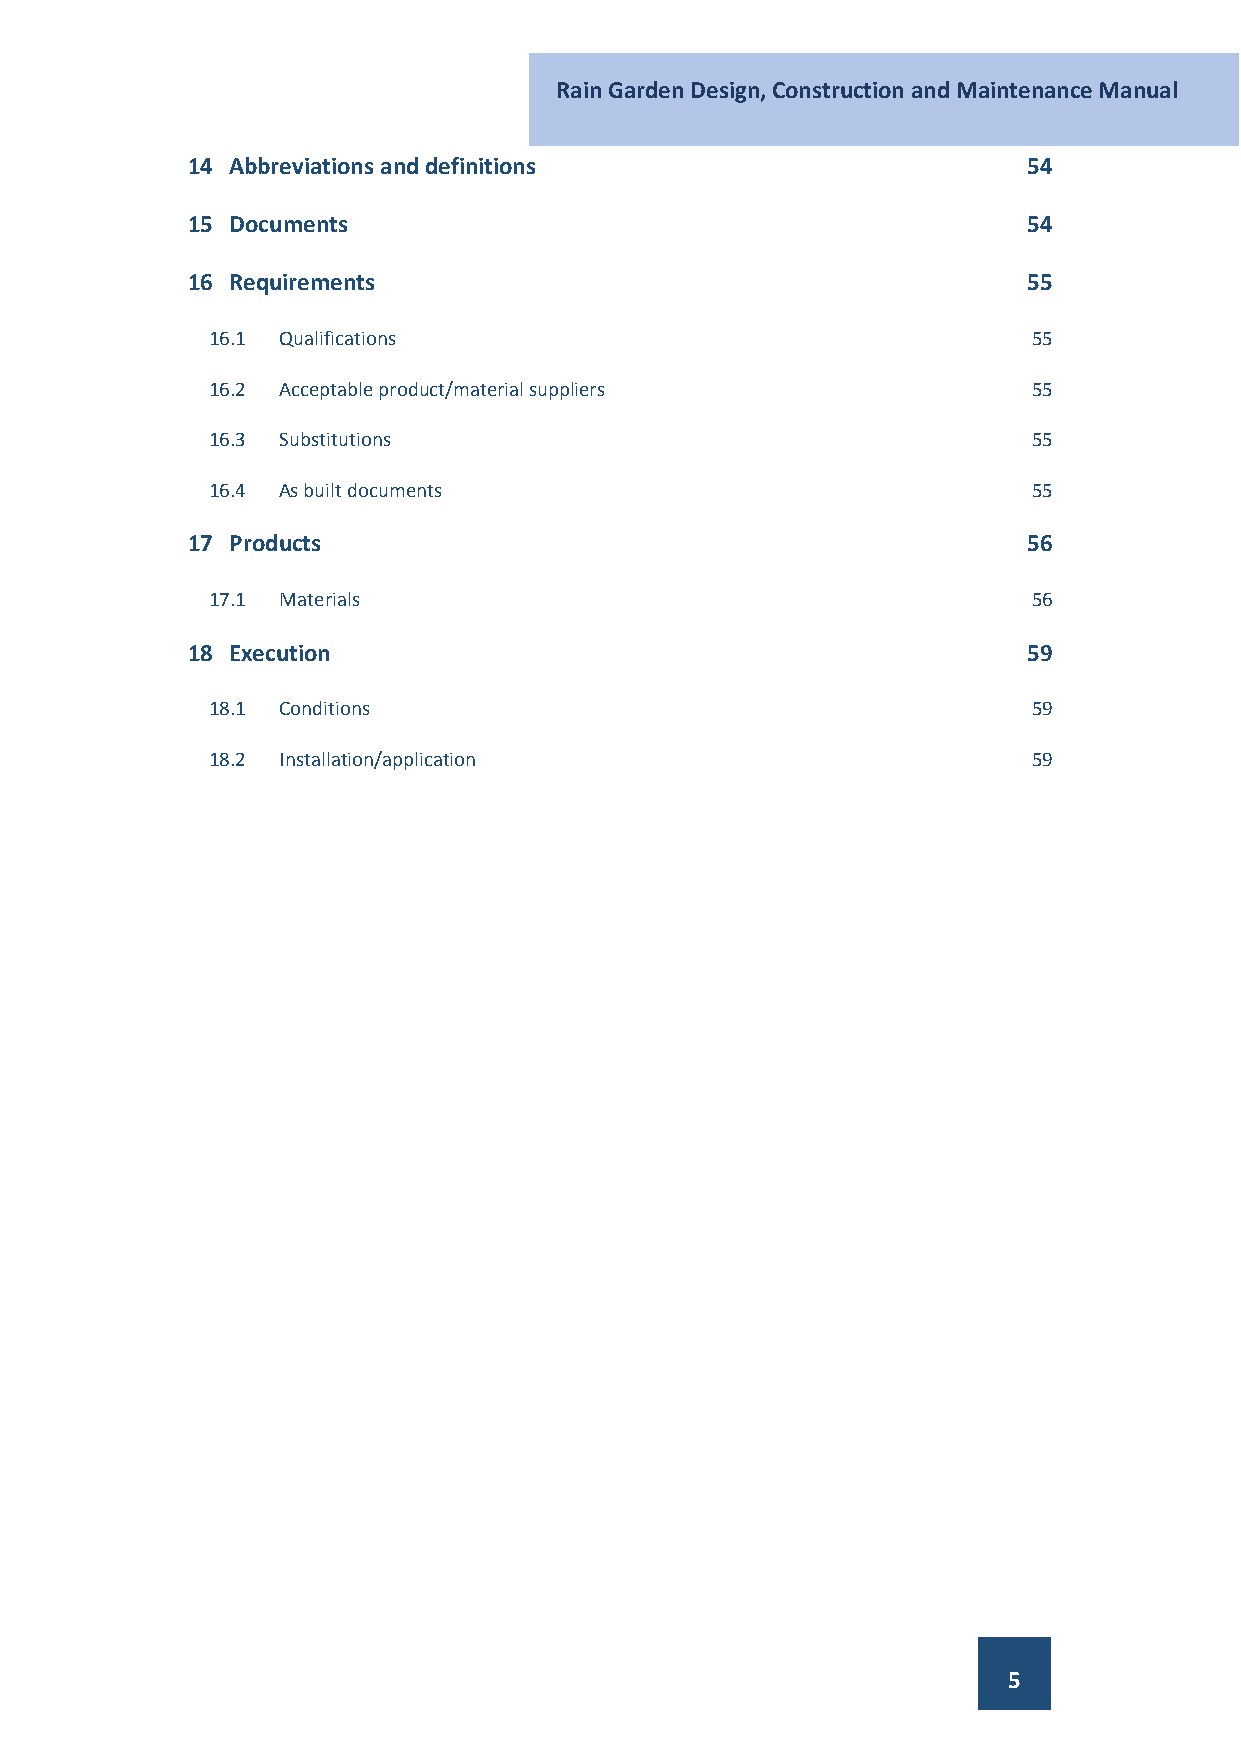
Rain Garden Design, Construction and Maintenance Manual
 14 Abbreviations and definitions                        54
 15 Documents                                            54
 16 Requirements                                         55
 16.1 Qualifications                                   55
 16.2 Acceptable product/material suppliers            55
 16.3 Substitutions                                    55
 16.4 As built documents                               55
 17 Products                                             56
 17.1 Materials                                        56
 18 Execution                                            59
 18.1 Conditions                                       59
 18.2 Installation/application                         59
 5